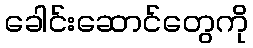
ခေါင်းဆောင်တွေကို